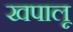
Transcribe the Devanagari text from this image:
खपालू